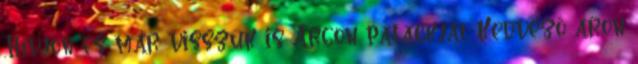
.Hívjon és már visszük is Argon palackját Kedvező áron